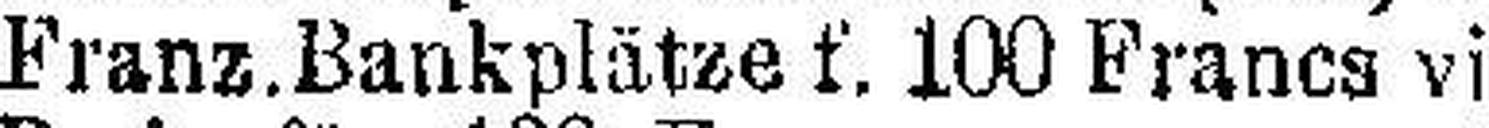
Franz.Bankplätze f. 100 Francs vista 2